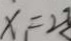
x = 2 3